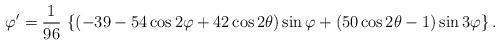
LaTeX: \begin{align*}\varphi' = {1 \over 96}\, \left\{ (- 39 - 54 \cos 2\varphi + 42 \cos 2\theta) \sin\varphi + (50 \cos 2\theta - 1) \sin 3\varphi \right\}.\end{align*}